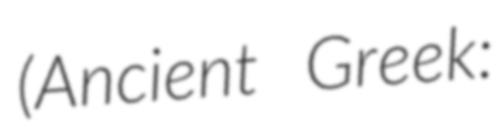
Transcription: (Ancient Greek: